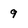
Character: 9